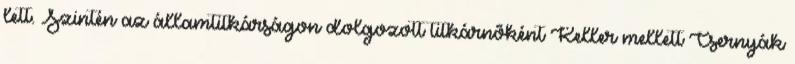
lett. Szintén az államtitkárságon dolgozott titkárnõként Keller mellett Csernyák